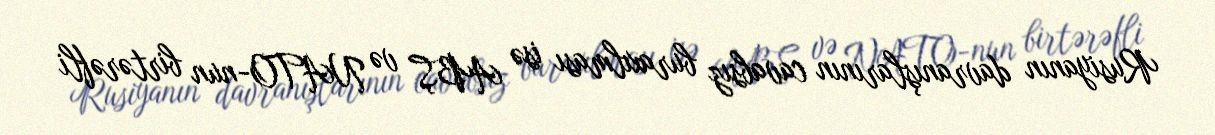
Rusiyanın davranışlarının cavabsız buraxılması isə ABŞ və NATO-nun birtərəfli